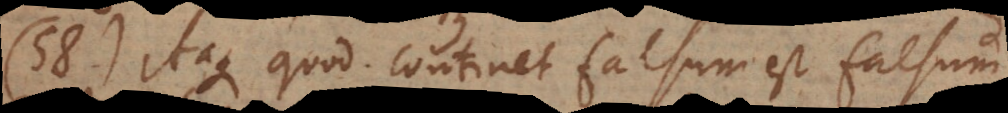
58) Itaque quod continet falsum est falsum.